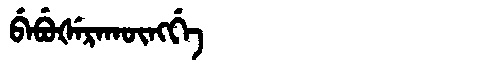
Manchu: ᠪᡝᠪᡠᡧᡝᡵᠠᡴᡡᠩᡤᡝ
Romanization: BEBUŠERAKŪNGGE